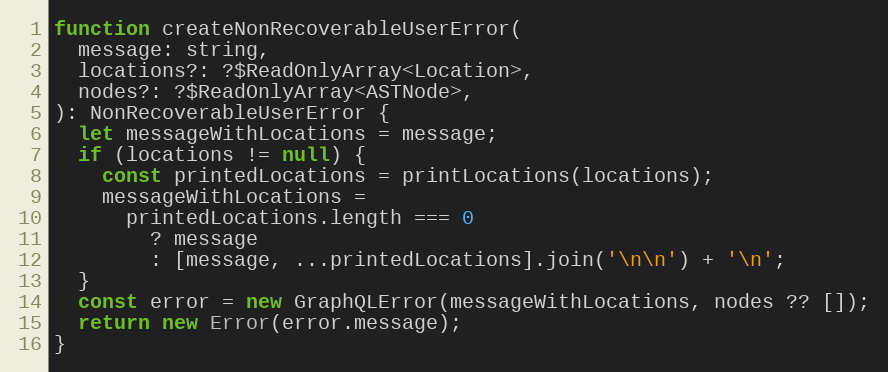
Language: JavaScript
function createNonRecoverableUserError(
  message: string,
  locations?: ?$ReadOnlyArray<Location>,
  nodes?: ?$ReadOnlyArray<ASTNode>,
): NonRecoverableUserError {
  let messageWithLocations = message;
  if (locations != null) {
    const printedLocations = printLocations(locations);
    messageWithLocations =
      printedLocations.length === 0
        ? message
        : [message, ...printedLocations].join('\n\n') + '\n';
  }
  const error = new GraphQLError(messageWithLocations, nodes ?? []);
  return new Error(error.message);
}